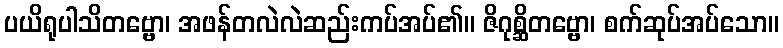
ပယိရုပါသိတဗ္ဗော၊ အဖန်တလဲလဲဆည်းကပ်အပ်၏။ ဇိဂုစ္ဆိတဗ္ဗော၊ စက်ဆုပ်အပ်သော။